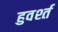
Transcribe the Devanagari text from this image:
हुवर्श्त